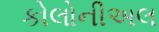
કોલોનીઅલ